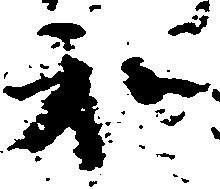
和